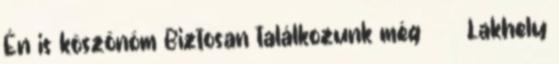
Én is köszönöm Biztosan találkozunk még ◯ Lakhely